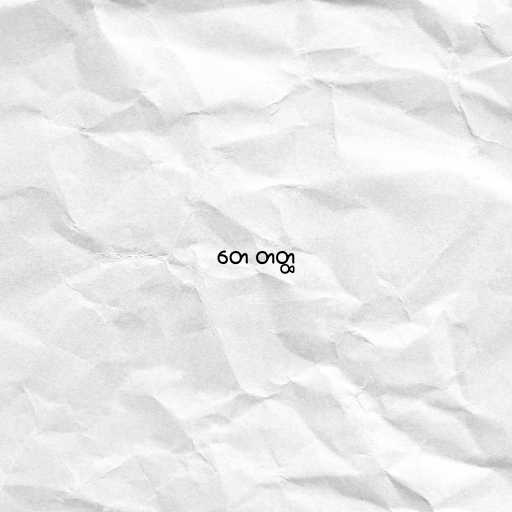
တေ တတ္ထ